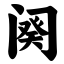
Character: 阕